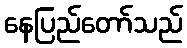
နေပြည်တော်သည်